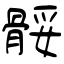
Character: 骽